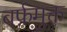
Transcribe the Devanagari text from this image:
बर्फ़मुक्त